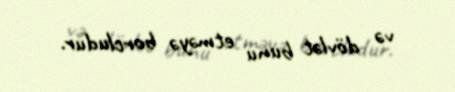
və dövlət bunu etməyə borcludur.